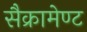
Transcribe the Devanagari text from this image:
सैक्रामेण्ट